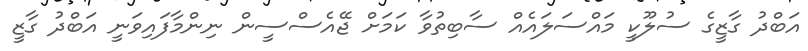
އަބްދު ގާޒީގެ ސުލޫކީ މައްސަލައެއް ސާބިތުވާ ކަމަށް ޖޭއެސްސީން ނިންމާފައިވަނީ އަބްދު ގާޒީ